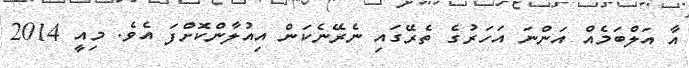
އާ އަލްބަމެއް އަންނަ އަހަރުގެ ތެރޭގައި ނެރޭނެކަން އިއުލާންކޮށްފަ އެވެ. މިއީ 2014